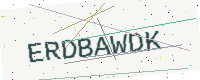
Text: ERDBAWDK